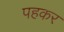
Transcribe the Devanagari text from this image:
पहकर